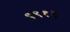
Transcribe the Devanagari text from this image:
९९१४